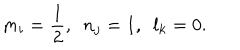
LaTeX: m _ { i } = \frac { 1 } { 2 } , \, \, \, n _ { j } = 1 , \, \, \, l _ { k } = 0 .